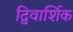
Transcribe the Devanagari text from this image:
द्विवार्शिक